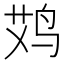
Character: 𱉪